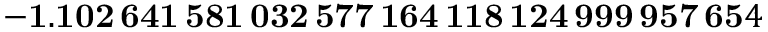
\mathbf { - 1 . 1 0 2 \, 6 4 1 \, 5 8 1 \, 0 3 2 \, 5 7 7 \, 1 6 4 \, 1 1 8 \, 1 2 4 \, 9 9 9 \, 9 5 7 \, 6 5 } 4